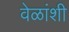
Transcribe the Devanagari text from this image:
वेळांशी